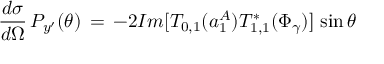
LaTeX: \frac { d \sigma } { d \Omega } \, P _ { y ^ { \prime } } ( \theta ) \, = \, - 2 I m [ T _ { 0 , 1 } ( a _ { 1 } ^ { A } ) T _ { 1 , 1 } ^ { * } ( \Phi _ { \gamma } ) ] \, \sin \theta